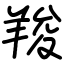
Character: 羧